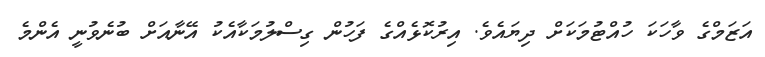
އަޒަމްގެ ވާހަކަ ހުއްޓުމަކަށް ދިޔައެވެ. އިރުކޮޅެއްގެ ފަހުން ގިސްލުމަކާއެކު އޭނާއަށް ބުނެވުނީ އެންމެ